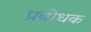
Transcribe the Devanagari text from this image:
प्रबोधक